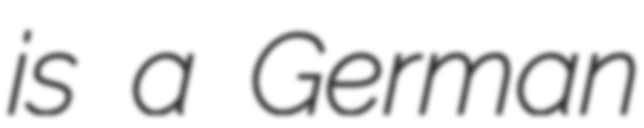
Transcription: is a German